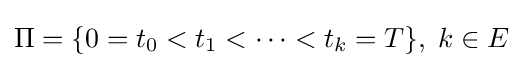
\Pi =\{0=t_{0}<t_{1}<\dots <t_{k}=T\},\;k\in E